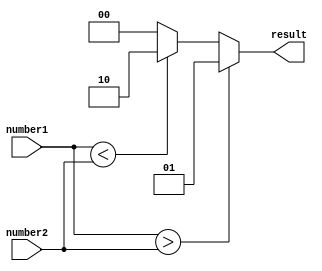
module inequality_comparator (
    input [7:0] number1,
    input [7:0] number2,
    output [1:0] result
);

assign result = (number1 > number2) ? 2'b01 :
                (number1 < number2) ? 2'b10 :
                2'b00;

endmodule